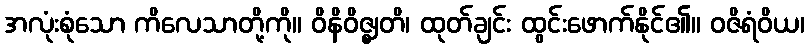
အလုံးစုံသော ကိလေသာတို့ကို။ ဝိနိဝိဇ္ဈတိ၊ ထုတ်ချင်း ထွင်းဖောက်နိုင်၏။ ဝဇိရံဝိယ၊